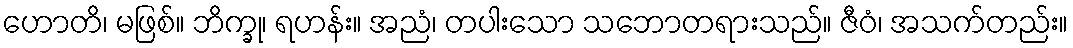
ဟောတိ၊ မဖြစ်။ ဘိက္ခု၊ ရဟန်း။ အညံ၊ တပါးသော သဘောတရားသည်။ ဇီဝံ၊ အသက်တည်း။